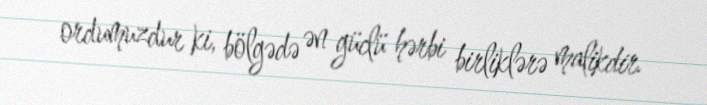
ordumuzdur ki, bölgədə ən güclü hərbi birliklərə malikdir.